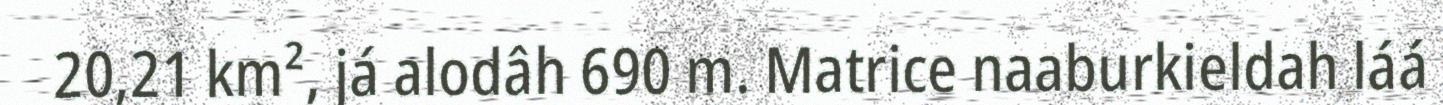
20,21 km², já alodâh 690 m. Matrice naaburkieldah láá